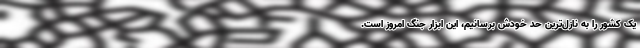
یک کشور را به نازل‌ترین حد خودش برسانیم، این ابزار جنگ امروز است.